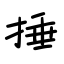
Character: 捶